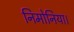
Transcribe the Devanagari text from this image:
निमोनिया।